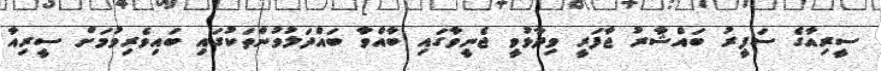
ސީރިއާގެ ސަފީރު ބައްޝާރު ޖާފަރީ ވިދާޅުވީ ޖެނީވާގައި ބާއްވާ ބައްދަލުވުންތަކުގައި ބައިވެރިވުމަށް ސީރިއާ